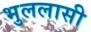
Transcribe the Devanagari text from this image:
भुललासी